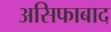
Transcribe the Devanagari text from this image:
असिफाबाद